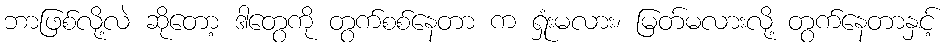
ဘာဖြစ်လို့လဲ ဆိုတော့ ဒါတွေကို တွက်စစ်နေတာ က ရှုံးမလား၊ မြတ်မလားလို့ တွက်နေတာနှင့်